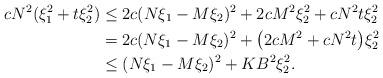
LaTeX: \begin{align*}cN^2(\xi_1^2+t\xi_2^2)&\le 2c(N\xi_1-M\xi_2)^2+2cM^2\xi_2^2+cN^2t\xi_2^2\\&=2c(N\xi_1-M\xi_2)^2+\big(2cM^2+cN^2t\big)\xi_2^2\\&\le (N\xi_1-M\xi_2)^2+KB^2\xi_2^2.\end{align*}